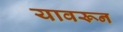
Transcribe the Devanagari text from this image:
यावरून